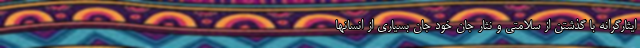
ایثارگرانه با گذشتن از سلامتی و نثار جان خود جان بسیاری از انسانها